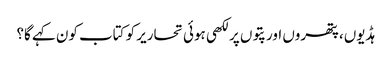
ہڈیوں، پتھروں اور پتوں پر لکھی ہوئی تحاریر کو کتاب کون کہے گا؟